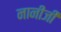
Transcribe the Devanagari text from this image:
नानीजी